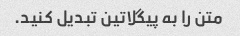
متن را به پیگلاتین تبدیل کنید.